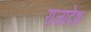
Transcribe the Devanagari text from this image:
राजादेश